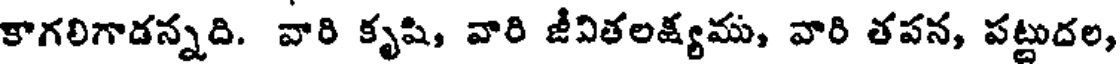
కాగలిగాడన్నది. వారి కృషి, వారి జీవితలక్ష్యము, వారి తపన, పట్టుదల,